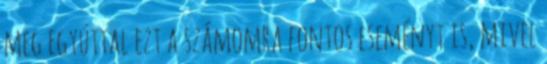
meg egyúttal ezt a számomra fontos eseményt is, mivel